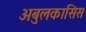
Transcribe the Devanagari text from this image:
अबुलकासिस